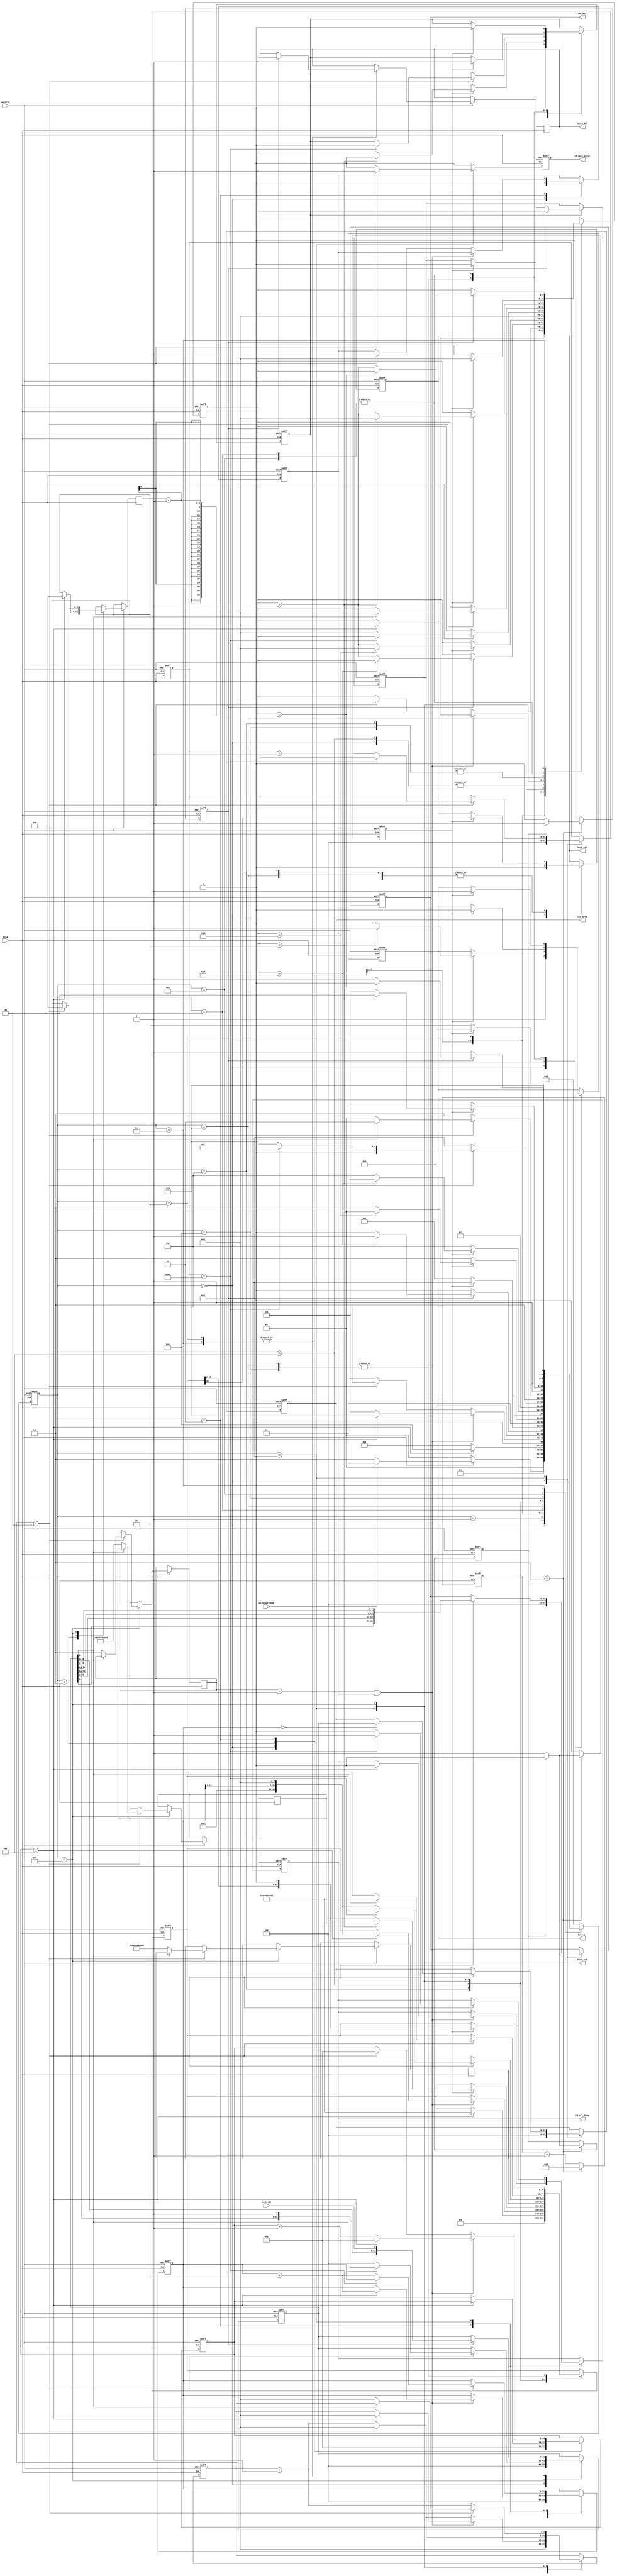
//--------------------------------------------------
// ********************************************************************/  
// Microsemi Corporation Proprietary and Confidential  
// Copyright 2016 Microsemi Corporation.  All rights reserved.  
//   
// ANY USE OR REDISTRIBUTION IN PART OR IN WHOLE MUST BE HANDLED IN  
// ACCORDANCE WITH THE MICROSEMI LICENSE AGREEMENT AND MUST BE APPROVED  
// IN ADVANCE IN WRITING.  
//   
// SVN Revision Information:  
// SVN $Revision: 27880 $  
// SVN $Date: 2016-11-18 00:25:39 +0000 (Fri, 18 Nov 2016) $  
//   
// Resolved SARs  
// SAR      Date     Who   Description  
// Notes:  
//   
//   
// *********************************************************************/                              
//--------------------------------------------------
 
 
module COREBOOTSTRAP_SPI_CTRL (
                 //  input ports
                 HCLK,
                 HRESETN,
                 boot_sdi,
                 SW_DEBUG_MODE,
 
                 //  output ports
                 boot_sdo,
                 boot_sck,
                 boot_ss,
                 rd_data_avail,
                 rd_all_done,
                 rd_data,
                 latch_sdi,
                 cks_data
                 );
 
   parameter        READ_4BYTE_ADDR         = 1'b0;        //  Choose between a READ opcode for 3 byte or 4 byte addressing.
   parameter        SPI_CLK_RATIO           = 16'd6;       //  Setting of ratio of how many HCLK cycles in an SPI_clk cycle.
   parameter        SPI_SRC_ADDR            = 32'd0;       //  Starting address of data to copy from SPI_chip
   parameter        DATA_WORD_CNT           = 32'd100;     //  Word count to indicate the size of bootcode to copy from SPI_chip.
   parameter        CKSUM_SPI_ADDR          = 32'd0;       //  Address of CKSUM field in SPI_chip.
   parameter        SW_RESET_TYPE           = 2'b01;       //  Type of reset commands required.
   parameter        SS_DESELECT_DURATION    = 8'd5;        //  Number of HCLKS to wait after a RESET command before starting another operation.
   parameter        RST_RECOVERY_DURATION   = 8;           //  Number of HCLKs following a hardware or software reset before enabling polling the SPI chip.
   parameter        BIG_ENDIAN_EN           = 0;           //  If set, will store the data in big-endian format. Otherwise little-endian.
   parameter        READ_STATUS_TYPE        = 1'b0;        //  Indicates which type of opcode to use for a read_status_register command. Also the position of the busy bit and its polarity.
//  input ports
   input            HCLK;
   wire             HCLK;
   input            HRESETN;
   wire             HRESETN;
   input            boot_sdi;
   wire             boot_sdi;
   input            SW_DEBUG_MODE;
   wire             SW_DEBUG_MODE;
//  output ports
   output           boot_sdo;
   reg              boot_sdo;
   output           boot_sck;
   reg              boot_sck;
   output           boot_ss;
   reg              boot_ss;
   output           rd_data_avail;
   reg              rd_data_avail;
   output           rd_all_done;
   reg              rd_all_done;
   output    [31:0] rd_data;
   reg       [31:0] rd_data;
   output           latch_sdi;
   reg              latch_sdi;
   output    [31:0] cks_data;
   reg       [31:0] cks_data;
//  local signals
   reg       [31:0] spi_addr;                              //  Address that a read command will read from.
   reg       [31:0] word_count;                            //  Tally of how many words have been read from SPI_chip so far.
   reg       [7:0]  rx_count;                              //  Tally used to indicate how many bits have been sent/received so far in a serialized operation.
   reg              en_spi_clk;                            //  Enable signal to allow the generation of timebase signals for SPI_clks.
   reg       [39:0] data_word_out;                         //  Signal that holds command to be sent out, in parallel form.
   reg       [31:0] data_word_in;                          //  Signal to hold data received from SPI_chip, in parallel form.
   reg              en_spi_clk_hi;                         //  Pulse that indicates when the SPI_clk has a rising edge.
   reg              en_spi_clk_lo;                         //  Pulse that indicates when the SPI_clk has a falling edge.
   reg              spi_clk_phase;                         //  Signal that indicates whether SPI_clk is currently high or low.
   reg       [14:0] tbase_cnt;                             //  Tally used to keep track of number of HCLKS before a change in SPI_clk is required.
   wire      [7:0]  read_opcode;                           //  Read OPCODE to use, depending on 3 or 4 Byte mode.
   wire      [7:0]  read_opcode_width;                     //  Width of the read command (depending on whether in 3 or 4 Byte mode).
   reg       [39:0] reset_cmd_1;                           //  Reset OPCODE to use, depending on chip type.
   reg       [39:0] reset_cmd_2;                           //  Optional secondary reset OPCODE, depending on chip type.
   reg       [1:0]  cmds_required;                         //  Number of reset commands required, depending on chip type.
   reg       [0:0]  rst_en_cmd_sent;                       //  Bit to indicate that one reset command has already been sent (for 2-reset commands chips).
   reg       [7:0]  bitwidth_required;                     //  Number of bits in a reset command (depending on chip type).
   wire      [39:0] read_cmd_addr;                         //  Appropriate read opcode and address bytes to be serialized.
   reg       [7:0]  ss_deselect_count;                     //  Counter used to ensure that there are SS_DESELECT_DURATION HCLK cycles between commands.
   reg       [15:0] rst_count;                             //  Counter used to make sure an adequate amount of time passes after a reset command, before issuing a command.
   wire             last_rst_loop;                         //  Signal used to indicate that we are on our last cmd to be used in the sw_reset sequence (sometimes a rst_en cmd precedes the actual rst command).
   wire      [31:0] rd_data_ordered;                       //  Signal used to hold the reordered rd_data signal (ordering change possible, depending on endianness).
   wire      [7:0]  status_opcode;                         //  Signal that holds value of a read status register opcode.
   wire      [2:0]  busy_bit;                              //  Signal to indicate the bit in a byte where the busy bit is located in a read from the status register.
   wire             spi_ready;                             //  Signal to indicate the expected value when SPI chip will output when it's no longer busy.
 
   parameter SPI_IDLE             = 4'b0000,
             SPI_RD_FINISHED      = 4'b0001,
             SPI_REC_TIME         = 4'b0010,
             SPI_RESET_SETUP      = 4'b0011,
             SPI_RX_DATA          = 4'b0100,
             SPI_RX_FINISH        = 4'b0101,
             SPI_SEND_CMD         = 4'b0110,
             SPI_SEND_RESET_CMDS  = 4'b0111,
             SPI_SEND_RESET_SETUP = 4'b1000,
             SPI_SS_DESEL_RD      = 4'b1001,
             SPI_SS_DESEL_STAT    = 4'b1010,
             SPI_STATUS_CMD       = 4'b1011,
             SPI_STATUS_FINISH    = 4'b1100,
             SPI_STATUS_RD        = 4'b1101;
 
 
   reg [3:0] visual_SPI_CTRL_SM_current, visual_SPI_CTRL_SM_next;
 
   reg              visual_boot_sdo_next;
   reg              visual_boot_ss_next;
   reg              visual_rd_data_avail_next;
   reg              visual_rd_all_done_next;
   reg       [31:0] visual_rd_data_next;
   reg              visual_latch_sdi_next;
   reg       [31:0] visual_cks_data_next;
   reg       [31:0] visual_spi_addr_next;
   reg       [31:0] visual_word_count_next;
   reg       [7:0]  visual_rx_count_next;
   reg              visual_en_spi_clk_next;
   reg       [39:0] visual_data_word_out_next;
   reg       [31:0] visual_data_word_in_next;
   reg       [39:0] visual_reset_cmd_1_next;
   reg       [39:0] visual_reset_cmd_2_next;
   reg       [1:0]  visual_cmds_required_next;
   reg       [0:0]  visual_rst_en_cmd_sent_next;
   reg       [7:0]  visual_bitwidth_required_next;
   reg       [7:0]  visual_ss_deselect_count_next;
   reg       [15:0] visual_rst_count_next;
 
 
   // Combinational process
   always  @(boot_sdo or boot_ss or rd_all_done or rd_data or latch_sdi or cks_data or spi_addr or word_count or rx_count or en_spi_clk or data_word_out or data_word_in or reset_cmd_1 or reset_cmd_2 or
             cmds_required or rst_en_cmd_sent or bitwidth_required or ss_deselect_count or rst_count or HRESETN or SW_DEBUG_MODE or status_opcode or last_rst_loop or read_cmd_addr or en_spi_clk_hi or
             boot_sdi or en_spi_clk_lo or read_opcode_width or rd_data_ordered or busy_bit or spi_ready or visual_SPI_CTRL_SM_current)
   begin : SPI_CTRL_SM_comb
      visual_rd_data_avail_next <= 1'b0;
      visual_boot_sdo_next <= boot_sdo;
      visual_boot_ss_next <= boot_ss;
      visual_rd_all_done_next <= rd_all_done;
      visual_rd_data_next <= rd_data;
      visual_latch_sdi_next <= latch_sdi;
      visual_cks_data_next <= cks_data;
      visual_spi_addr_next <= spi_addr;
      visual_word_count_next <= word_count;
      visual_rx_count_next <= rx_count;
      visual_en_spi_clk_next <= en_spi_clk;
      visual_data_word_out_next <= data_word_out;
      visual_data_word_in_next <= data_word_in;
      visual_reset_cmd_1_next <= reset_cmd_1;
      visual_reset_cmd_2_next <= reset_cmd_2;
      visual_cmds_required_next <= cmds_required;
      visual_rst_en_cmd_sent_next <= rst_en_cmd_sent;
      visual_bitwidth_required_next <= bitwidth_required;
      visual_ss_deselect_count_next <= ss_deselect_count;
      visual_rst_count_next <= rst_count;
 
 
 
      case (visual_SPI_CTRL_SM_current)
         SPI_IDLE:
            begin
               visual_spi_addr_next <= SPI_SRC_ADDR;
               visual_word_count_next <= 32'b0;
               visual_en_spi_clk_next <= 1'b0;
               visual_rx_count_next <= 8'b0;
               visual_boot_ss_next <= 1'b1;
               visual_rst_en_cmd_sent_next <= 1'b0;
               visual_cks_data_next <= 32'b0;
               visual_data_word_out_next <= 40'b0;
               visual_data_word_in_next <= 32'b0;
               visual_rd_data_next <= 32'b0;
               visual_ss_deselect_count_next <= 8'd0;
               visual_rst_count_next <= 16'd0;
               visual_boot_sdo_next <= 1'b0;
               if (HRESETN)
               begin
                  if (SW_DEBUG_MODE)
                  begin
                     visual_SPI_CTRL_SM_next <= SPI_RD_FINISHED;
                  end
                  else
                  begin
                     visual_SPI_CTRL_SM_next <= SPI_REC_TIME;
                  end
               end
               else
               begin
                  visual_SPI_CTRL_SM_next <= SPI_IDLE;
               end
            end
 
         //  Wait for HRESETN to be released before advancing.
         SPI_RD_FINISHED:
            begin
               visual_SPI_CTRL_SM_next <= SPI_RD_FINISHED;
            end
 
         SPI_REC_TIME:
            begin
               if (rst_count == RST_RECOVERY_DURATION)
               begin
                  visual_rx_count_next <= 8'd0;
                  visual_data_word_out_next <= {status_opcode, 32'b0};
                  visual_bitwidth_required_next <= 8'd8;
                  visual_SPI_CTRL_SM_next <= SPI_STATUS_CMD;
               end
               else
               begin
                  visual_rst_count_next <= rst_count + 1;
                  visual_SPI_CTRL_SM_next <= SPI_REC_TIME;
               end
            end
 
         SPI_RESET_SETUP:
            begin
               if (last_rst_loop)
               begin
                  if (rst_count == RST_RECOVERY_DURATION)
                  begin
                     visual_ss_deselect_count_next <= 8'd0;
                     visual_rst_count_next <= 16'd0;
                     if (last_rst_loop)
                     begin
                        visual_rx_count_next <= 8'd0;
                        visual_rd_all_done_next <= 1'b0;
                        visual_rx_count_next <= 8'd0;
                        visual_data_word_out_next <= read_cmd_addr;
                        visual_spi_addr_next <= spi_addr + 4;  //  Prepare address for next loop.
                        visual_SPI_CTRL_SM_next <= SPI_SEND_CMD;
                     end
                     else
                     begin
                        visual_rst_en_cmd_sent_next <= 1'b1;
                        visual_rx_count_next <= 8'd0;
                        visual_SPI_CTRL_SM_next <= SPI_SEND_RESET_CMDS;
                     end
                  end
                  else
                  begin
                     visual_rst_count_next <= rst_count + 1;
                     visual_SPI_CTRL_SM_next <= SPI_RESET_SETUP;
                  end
               end
               else if (ss_deselect_count == SS_DESELECT_DURATION)
               begin
                  visual_ss_deselect_count_next <= 8'd0;
                  visual_rst_count_next <= 16'd0;
                  if (last_rst_loop)
                  begin
                     visual_rx_count_next <= 8'd0;
                     visual_rd_all_done_next <= 1'b0;
                     visual_rx_count_next <= 8'd0;
                     visual_data_word_out_next <= read_cmd_addr;
                     visual_spi_addr_next <= spi_addr + 4;  //  Prepare address for next loop.
                     visual_SPI_CTRL_SM_next <= SPI_SEND_CMD;
                  end
                  else
                  begin
                     visual_rst_en_cmd_sent_next <= 1'b1;
                     visual_rx_count_next <= 8'd0;
                     visual_SPI_CTRL_SM_next <= SPI_SEND_RESET_CMDS;
                  end
               end
               else
               begin
                  visual_ss_deselect_count_next <= ss_deselect_count + 1;
                  visual_SPI_CTRL_SM_next <= SPI_RESET_SETUP;
               end
            end
 
         SPI_RX_DATA:
            begin
               if (en_spi_clk_hi)
               begin
                  visual_data_word_in_next <= {data_word_in[30:0], boot_sdi};
                  visual_latch_sdi_next <= 1'b1;
                  if (rx_count == 8'd31)
                  begin
                     visual_SPI_CTRL_SM_next <= SPI_RX_FINISH;
                  end
                  else
                  begin
                     visual_rx_count_next <= rx_count + 1;
                     visual_SPI_CTRL_SM_next <= SPI_RX_DATA;
                  end
               end
               else
               begin
                  visual_SPI_CTRL_SM_next <= SPI_RX_DATA;
               end
            end
 
         SPI_RX_FINISH:
            begin
               if (en_spi_clk_lo)
               begin
                  visual_rx_count_next <= 8'd0;
                  visual_boot_ss_next <= 1'b1;
                  visual_en_spi_clk_next <= 1'b0;
                  visual_SPI_CTRL_SM_next <= SPI_SS_DESEL_RD;
               end
               else
               begin
                  visual_SPI_CTRL_SM_next <= SPI_RX_FINISH;
               end
            end
 
         SPI_SEND_CMD:
            begin
               if (en_spi_clk_lo)
               begin
                  visual_boot_ss_next <= 1'b0;
                  visual_en_spi_clk_next <= 1'b1;
                  visual_boot_sdo_next <= data_word_out[39];
                  visual_data_word_out_next <= data_word_out << 1;
                  if (rx_count == read_opcode_width)
                  begin
                     visual_rx_count_next <= 8'd0;
                     visual_SPI_CTRL_SM_next <= SPI_RX_DATA;
                  end
                  else
                  begin
                     visual_rx_count_next <= rx_count + 1;
                     visual_SPI_CTRL_SM_next <= SPI_SEND_CMD;
                  end
               end
               else
               begin
                  visual_SPI_CTRL_SM_next <= SPI_SEND_CMD;
               end
            end
 
         SPI_SEND_RESET_CMDS:
            begin
               if (en_spi_clk_lo)
               begin
                  visual_boot_ss_next <= 1'b0;
                  visual_en_spi_clk_next <= 1'b1;
                  visual_boot_sdo_next <= data_word_out[39];
                  visual_data_word_out_next <= data_word_out << 1;
                  if (rx_count == bitwidth_required)
                  begin
                     visual_boot_ss_next <= 1'b1;
                     visual_en_spi_clk_next <= 1'b0;
                     visual_rx_count_next <= 8'd0;
                     visual_data_word_out_next <= reset_cmd_2;
                     visual_SPI_CTRL_SM_next <= SPI_RESET_SETUP;
                  end
                  else
                  begin
                     visual_rx_count_next <= rx_count + 1;
                     visual_SPI_CTRL_SM_next <= SPI_SEND_RESET_CMDS;
                  end
               end
               else
               begin
                  visual_SPI_CTRL_SM_next <= SPI_SEND_RESET_CMDS;
               end
            end
 
         SPI_SEND_RESET_SETUP:
            begin
               visual_rx_count_next <= 8'd0;
               visual_data_word_out_next <= reset_cmd_1;
               visual_SPI_CTRL_SM_next <= SPI_SEND_RESET_CMDS;
            end
 
         SPI_SS_DESEL_RD:
            begin
               if (ss_deselect_count == SS_DESELECT_DURATION)
               begin
                  visual_ss_deselect_count_next <= 8'd0;
                  if (spi_addr == CKSUM_SPI_ADDR)
                  begin
                     visual_cks_data_next <= data_word_in;
                     visual_rd_data_next <= rd_data_ordered;  //  Reordering of bytes depending on endianness selected.
                     visual_rd_data_avail_next <= 1'b1;
                     if (word_count == (DATA_WORD_CNT - 1))
                     begin
                        visual_rd_all_done_next <= 1'b1;
                        visual_en_spi_clk_next <= 1'b0;
                        visual_SPI_CTRL_SM_next <= SPI_RD_FINISHED;
                     end
                     else
                     begin
                        visual_word_count_next <= word_count + 1;
                        visual_rd_all_done_next <= 1'b0;
                        visual_rx_count_next <= 8'd0;
                        visual_data_word_out_next <= read_cmd_addr;
                        visual_spi_addr_next <= spi_addr + 4;  //  Prepare address for next loop.
                        visual_SPI_CTRL_SM_next <= SPI_SEND_CMD;
                     end
                  end
                  else
                  begin
                     visual_rd_data_next <= rd_data_ordered;  //  Reordering of bytes depending on endianness selected.
                     visual_rd_data_avail_next <= 1'b1;
                     if (word_count == (DATA_WORD_CNT - 1))
                     begin
                        visual_rd_all_done_next <= 1'b1;
                        visual_en_spi_clk_next <= 1'b0;
                        visual_SPI_CTRL_SM_next <= SPI_RD_FINISHED;
                     end
                     else
                     begin
                        visual_word_count_next <= word_count + 1;
                        visual_rd_all_done_next <= 1'b0;
                        visual_rx_count_next <= 8'd0;
                        visual_data_word_out_next <= read_cmd_addr;
                        visual_spi_addr_next <= spi_addr + 4;  //  Prepare address for next loop.
                        visual_SPI_CTRL_SM_next <= SPI_SEND_CMD;
                     end
                  end
               end
               else
               begin
                  visual_ss_deselect_count_next <= ss_deselect_count + 1;
                  visual_SPI_CTRL_SM_next <= SPI_SS_DESEL_RD;
               end
            end
 
         SPI_SS_DESEL_STAT:
            begin
               if (ss_deselect_count == SS_DESELECT_DURATION)
               begin
                  if (data_word_in[busy_bit] == spi_ready)
                  begin
                     visual_data_word_in_next <= 32'b0;
                     visual_ss_deselect_count_next <= 8'd0;
                  //  Setup of appropriate RESET commands
                  //  depending on parameter SW_RESET_TYPE.
                     case (SW_RESET_TYPE)
                     //  Setup of appropriate RESET commands
                     //  depending on parameter SW_RESET_TYPE.
 
                        2'b00 :
                        begin
                           visual_rd_all_done_next <= 1'b0;
                           visual_rx_count_next <= 8'd0;
                           visual_data_word_out_next <= read_cmd_addr;
                           visual_spi_addr_next <= spi_addr + 4;  //  Prepare address for next loop.
                           visual_SPI_CTRL_SM_next <= SPI_SEND_CMD;
                        end
 
                        2'b01 :
                        begin
                           visual_reset_cmd_1_next <= {8'h66, 32'b0};
                           visual_reset_cmd_2_next <= {8'h99, 32'b0};
                           visual_cmds_required_next <= 2;
                           visual_bitwidth_required_next <= 8;
                           visual_SPI_CTRL_SM_next <= SPI_SEND_RESET_SETUP;
                        end
 
                        2'b10 :
                        begin
                           visual_reset_cmd_1_next <= {8'hf0, 32'b0};
                           visual_reset_cmd_2_next <= 32'b0;
                           visual_cmds_required_next <= 1;
                           visual_bitwidth_required_next <= 32;
                           visual_SPI_CTRL_SM_next <= SPI_SEND_RESET_SETUP;
                        end
 
                        2'b11 :
                        begin
                           visual_reset_cmd_1_next <= {8'hf0, 32'b0};
                           visual_reset_cmd_2_next <= 32'b0;
                           visual_cmds_required_next <= 1;
                           visual_bitwidth_required_next <= 8;
                           visual_SPI_CTRL_SM_next <= SPI_SEND_RESET_SETUP;
                        end
                     endcase
                  end
                  else
                  begin
                     visual_rx_count_next <= 8'd0;
                     visual_data_word_out_next <= {status_opcode, 32'b0};
                     visual_bitwidth_required_next <= 8'd8;
                     visual_SPI_CTRL_SM_next <= SPI_STATUS_CMD;
                  end
               end
               else
               begin
                  visual_ss_deselect_count_next <= ss_deselect_count + 1;
                  visual_SPI_CTRL_SM_next <= SPI_SS_DESEL_STAT;
               end
            end
 
         SPI_STATUS_CMD:
            begin
               if (en_spi_clk_lo)
               begin
                  visual_boot_ss_next <= 1'b0;
                  visual_en_spi_clk_next <= 1'b1;
                  visual_boot_sdo_next <= data_word_out[39];
                  visual_data_word_out_next <= data_word_out << 1;
                  if (rx_count == bitwidth_required)
                  begin
                     visual_rx_count_next <= 8'd0;
                     visual_SPI_CTRL_SM_next <= SPI_STATUS_RD;
                  end
                  else
                  begin
                     visual_rx_count_next <= rx_count + 1;
                     visual_SPI_CTRL_SM_next <= SPI_STATUS_CMD;
                  end
               end
               else
               begin
                  visual_SPI_CTRL_SM_next <= SPI_STATUS_CMD;
               end
            end
 
         //  Sending a READ_STATUS command.
         SPI_STATUS_FINISH:
            begin
               if (en_spi_clk_lo)
               begin
                  visual_rx_count_next <= 8'd0;
                  visual_boot_ss_next <= 1'b1;
                  visual_en_spi_clk_next <= 1'b0;
                  visual_SPI_CTRL_SM_next <= SPI_SS_DESEL_STAT;
               end
               else
               begin
                  visual_SPI_CTRL_SM_next <= SPI_STATUS_FINISH;
               end
            end
 
         SPI_STATUS_RD:
            begin
               if (en_spi_clk_hi)
               begin
                  visual_data_word_in_next <= {data_word_in[30:0], boot_sdi};
                  visual_latch_sdi_next <= 1'b1;
                  if (rx_count == (bitwidth_required - 1))
                  begin
                     visual_SPI_CTRL_SM_next <= SPI_STATUS_FINISH;
                  end
                  else
                  begin
                     visual_rx_count_next <= rx_count + 1;
                     visual_SPI_CTRL_SM_next <= SPI_STATUS_RD;
                  end
               end
               else
               begin
                  visual_SPI_CTRL_SM_next <= SPI_STATUS_RD;
               end
            end
 
         //  Reading back the STATUS register to check for whether
         //  chip is busy before advancing.
         default:
            begin
               visual_SPI_CTRL_SM_next <= SPI_IDLE;
            end
      endcase
   end
 
   always  @(posedge HCLK or negedge HRESETN)
   begin : SPI_CTRL_SM
 
      if (HRESETN == 0)
      begin
         rd_data_avail <= 1'b0;
         en_spi_clk <= 1'b0;
         word_count <= 32'b0;
         rx_count <= 8'd0;
         boot_ss <= 1'b1;
         spi_addr <= SPI_SRC_ADDR;
         rd_all_done <= 1'b0;
         rst_en_cmd_sent <= 1'b0;
         cks_data <= 32'b0;
         data_word_out <= 40'b0;
         data_word_in <= 32'b0;
         rd_data <= 32'b0;
         ss_deselect_count <= 8'd0;
         rst_count <= 16'd0;
         boot_sdo <= 1'b0;
         visual_SPI_CTRL_SM_current <= SPI_IDLE;
      end
      else
      begin
         boot_sdo <= visual_boot_sdo_next;
         boot_ss <= visual_boot_ss_next;
         rd_data_avail <= visual_rd_data_avail_next;
         rd_all_done <= visual_rd_all_done_next;
         rd_data <= visual_rd_data_next;
         latch_sdi <= visual_latch_sdi_next;
         cks_data <= visual_cks_data_next;
         spi_addr <= visual_spi_addr_next;
         word_count <= visual_word_count_next;
         rx_count <= visual_rx_count_next;
         en_spi_clk <= visual_en_spi_clk_next;
         data_word_out <= visual_data_word_out_next;
         data_word_in <= visual_data_word_in_next;
         reset_cmd_1 <= visual_reset_cmd_1_next;
         reset_cmd_2 <= visual_reset_cmd_2_next;
         cmds_required <= visual_cmds_required_next;
         rst_en_cmd_sent <= visual_rst_en_cmd_sent_next;
         bitwidth_required <= visual_bitwidth_required_next;
         ss_deselect_count <= visual_ss_deselect_count_next;
         rst_count <= visual_rst_count_next;
         visual_SPI_CTRL_SM_current <= visual_SPI_CTRL_SM_next;
      end
   end
 
 
 
   always
      @( posedge HCLK or negedge HRESETN )
   begin   :SPI_TIMEBASE
 
      if (HRESETN == 0)
      begin
         en_spi_clk_hi <= 1'b0;
         en_spi_clk_lo <= 1'b0;
         spi_clk_phase <= 1'b0;
         tbase_cnt <= 15'b0;
      end
      else
      begin
         if (tbase_cnt == (SPI_CLK_RATIO[15:1] - 1))
         begin
            if (spi_clk_phase)
            begin
               en_spi_clk_hi <= 1'b1;
               en_spi_clk_lo <= 1'b0;
               spi_clk_phase <= 1'b0;
            end
            else
            begin
               en_spi_clk_lo <= 1'b1;
               en_spi_clk_hi <= 1'b0;
               spi_clk_phase <= 1'b1;
            end
            tbase_cnt <= 15'b0;
         end
         else
         begin
            tbase_cnt <= tbase_cnt + 1;
            en_spi_clk_hi <= 1'b0;
            en_spi_clk_lo <= 1'b0;
         end
      end
   end
 
 
 
   always
      @( posedge HCLK or negedge HRESETN )
   begin   :SPI_CLK_GEN
 
      if (HRESETN == 0)
      begin
         boot_sck <= 1'b0;
      end
      else
      begin
         if (en_spi_clk)
         begin
            if (en_spi_clk_hi)
            begin
               boot_sck <= 1'b1;
            end
            else
            begin
               if (en_spi_clk_lo)
               begin
                  boot_sck <= 1'b0;
               end
            end
         end
      end
   end
 
   assign read_opcode = (READ_4BYTE_ADDR == 1'b0) ? 8'h03 : 8'h13;  // Setup of READ opcode depending on whether 4BYTE addressing is required or not.
   assign read_opcode_width = (READ_4BYTE_ADDR == 1'b0) ? 8'd32 : 8'd40; // Number of bits in a read opcode instruction vary, depending on whether using 3 or 4 byte address READ instruction.
   assign read_cmd_addr = (READ_4BYTE_ADDR == 1'b0) ? {read_opcode[7:0], spi_addr[23:0], 8'h0} : {read_opcode[7:0], spi_addr[31:0]}; // Read opcode and number of address bytes required, for serialization.
   assign last_rst_loop = (cmds_required == 1) || rst_en_cmd_sent; // Signal used to indicate that we are on our last loop in the sending of reset commands (sometimes, a reset_en cmd precedes the actual rst command).
   assign rd_data_ordered = BIG_ENDIAN_EN ? data_word_in : {data_word_in[7:0], data_word_in[15:8], data_word_in[23:16], data_word_in[31:24]}; // Depending on parameter, order of bytes changed.
   assign status_opcode = (READ_STATUS_TYPE == 1'b1) ? 8'hd7 : 8'h05; // Depending on parameter, read_status_register OPCODE can change.
   assign busy_bit = (READ_STATUS_TYPE == 1'b1) ? 3'd7 : 3'd0; // Depending on parameter, if using an alternative read_status_register, the bit in a byte holding the busy bit differs.
   assign spi_ready = (READ_STATUS_TYPE == 1'b1) ? 1'b1 : 1'b0; // Depending on read_status_register OPCODE, the polarity of the busy bit changes. This signal deals with this.
 
 
endmodule